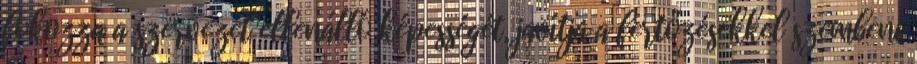
fokozza a szervezet ellenálló képességét, javítja a fertőzésekkel szembeni